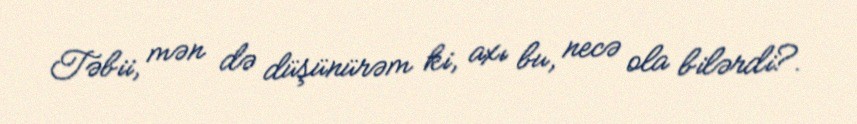
Təbii, mən də düşünürəm ki, axı bu, necə ola bilərdi?.